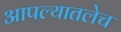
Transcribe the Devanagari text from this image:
आपल्यातलेच